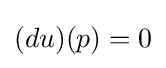
(du)(p)=0